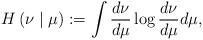
LaTeX: \begin{align*}H\left(\nu\mid\mu\right):=\int\frac{d\nu}{d\mu}\log \frac{d\nu}{d\mu}d\mu,\end{align*}